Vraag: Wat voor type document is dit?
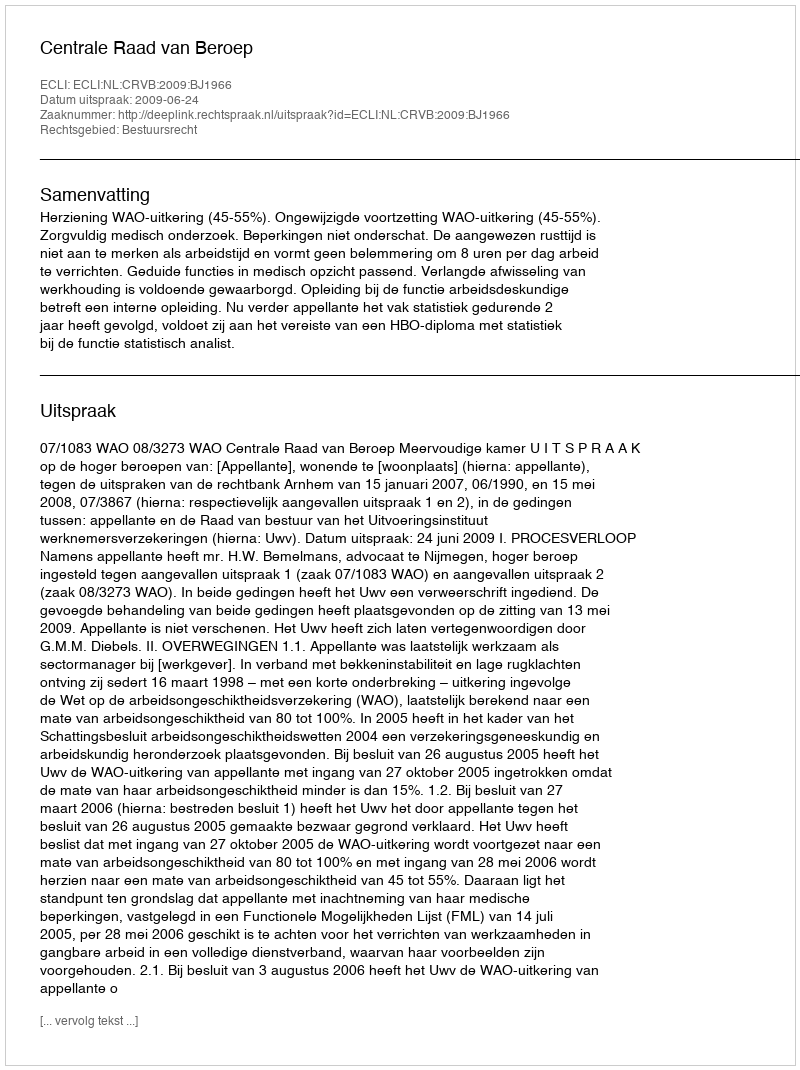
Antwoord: Uitspraak